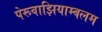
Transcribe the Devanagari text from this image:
पेरूवाझियाम्बलम